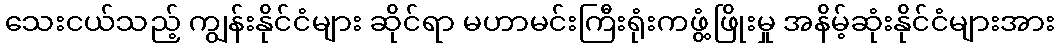
သေးငယ်သည့် ကျွန်းနိုင်ငံများ ဆိုင်ရာ မဟာမင်းကြီးရုံးကဖွံ့ဖြိုးမှု အနိမ့်ဆုံးနိုင်ငံများအား